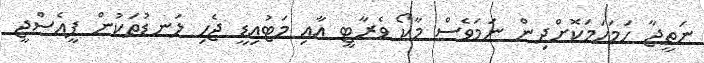
ނަތީޖާ ހަމަހަމަކޮށްދިން ނަމަވެސް މާކޯ ވެރާޓީ އާއި މަޓުއިޑީ ޖެހި ލަނޑުތަކުން ޕީއެސްޖީ